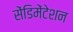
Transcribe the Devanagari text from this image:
सेंडिमेंटेशन